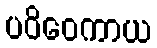
ပဝိဝေကာယ